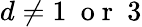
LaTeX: d\neq 1\ \mathrm{~o~r~}\ 3